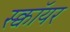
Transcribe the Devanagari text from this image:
स्क्वॉयर